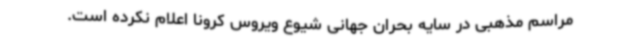
مراسم مذهبی در سایه بحران جهانی شیوع ویروس کرونا اعلام نکرده است.